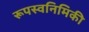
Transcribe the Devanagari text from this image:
रूपस्वनिमिकी